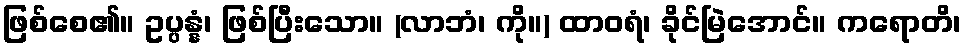
ဖြစ်စေ၏။ ဥပ္ပန္နံ၊ ဖြစ်ပြီးသော။ (လာဘံ၊ ကို။) ထာဝရံ၊ ခိုင်မြဲအောင်။ ကရောတိ၊